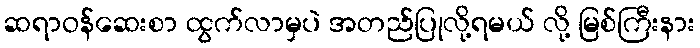
ဆရာဝန်ဆေးစာ ထွက်လာမှပဲ အတည်ပြုလို့ရမယ် လို့ မြစ်ကြီးနား